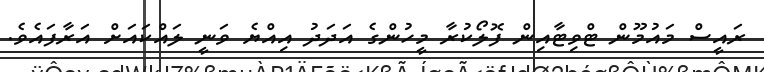
ރައީސް މައުމޫން ޓްވިޓާއިން ފޮލޯކުރާ މީހުންގެ އަދަދު އިއްޔެ ވަނީ ލައްކައަށް އަރާފައެވެ.